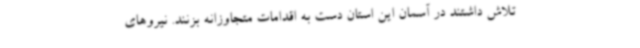
تلاش داشتند در آسمان این استان دست به اقدامات متجاوزانه بزنند. نیروهای